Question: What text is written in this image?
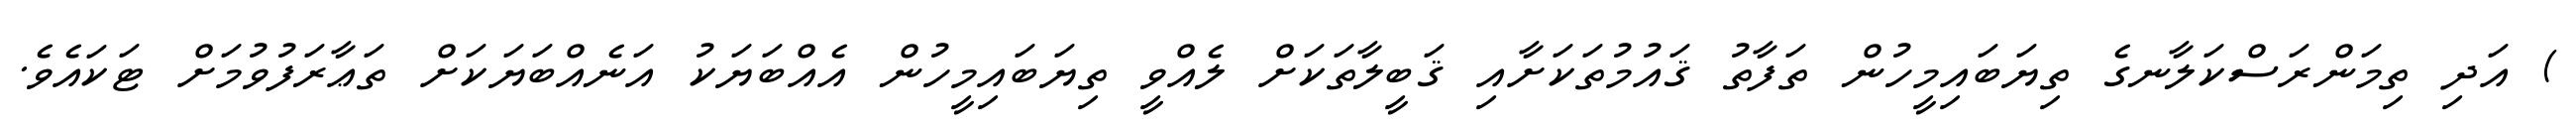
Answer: ) އަދި ތިމަންރަސްކަލާނގެ ތިޔަބައިމީހުން ތަފާތު ޤައުމުތަކަށާއި ޤަބީލާތަކަށް ލެއްވީ ތިޔަބައިމީހުން އެއްބަޔަކު އަނެއްބަޔަކަށް ތަޢާރަފުވުމަށް ޓަކައެވެ.